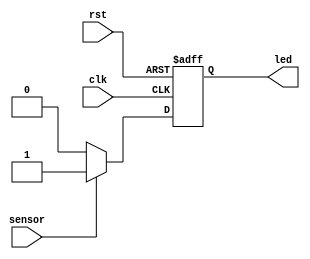
`timescale 1ns / 1ps
//////////////////////////////////////////////////////////////////////////////////
// Company: 
// Engineer: 
// 
// Design Name: 
// Module Name: photo_interrupt
// Project Name: 
// Target Devices: 
// Tool Versions: 
// Description: 
// 
// Dependencies: 
// 
// Revision:
// Revision 0.01 - File Created
// Additional Comments:
// 
//////////////////////////////////////////////////////////////////////////////////


module photo_interrupt( input wire clk , 
input wire rst , 
input wire sensor , 
output reg led );

localparam low = 1'b0;
localparam high = 1'b1;

always @ (posedge clk or posedge rst)
begin
    if(rst)
    begin
    led<=low;
    end 
else begin
    if(sensor == high)begin
    led<= high; 
    end
    else begin
    led<=low;
    end 
    end
end 
endmodule